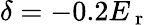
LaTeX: \delta=-0.2E_{\mathrm{~r~}}